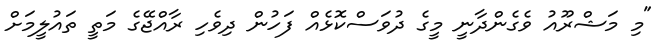
"މި މަޝްރޫއު ވެގެންދާނީ މީގެ ދުވަސްކޮޅެއް ފަހުން ދިވެހި ރާއްޖޭގެ މަތީ ތައުލީމަށް